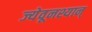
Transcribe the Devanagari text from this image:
ज्येवूनश्यान्